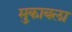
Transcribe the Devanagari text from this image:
मु्काबला